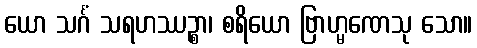
ယော သင်္ဂံ သရဟဿဉ္စာ၊ စရိယော ဗြာဟ္မဏေသု သော။